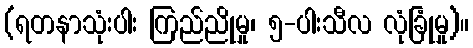
(ရတနာသုံးပါး ကြည်ညိုမှု၊ ၅-ပါးသီလ လုံခြုံမှု)။